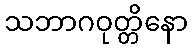
သဘာဂဝုတ္တိနော